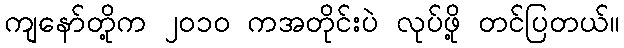
ကျနော်တို့က ၂၀၁၀ ကအတိုင်းပဲ လုပ်ဖို့ တင်ပြတယ်။